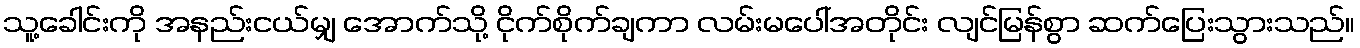
သူ့ခေါင်းကို အနည်းငယ်မျှ အောက်သို့ ငိုက်စိုက်ချကာ လမ်းမပေါ်အတိုင်း လျင်မြန်စွာ ဆက်ပြေးသွားသည်။